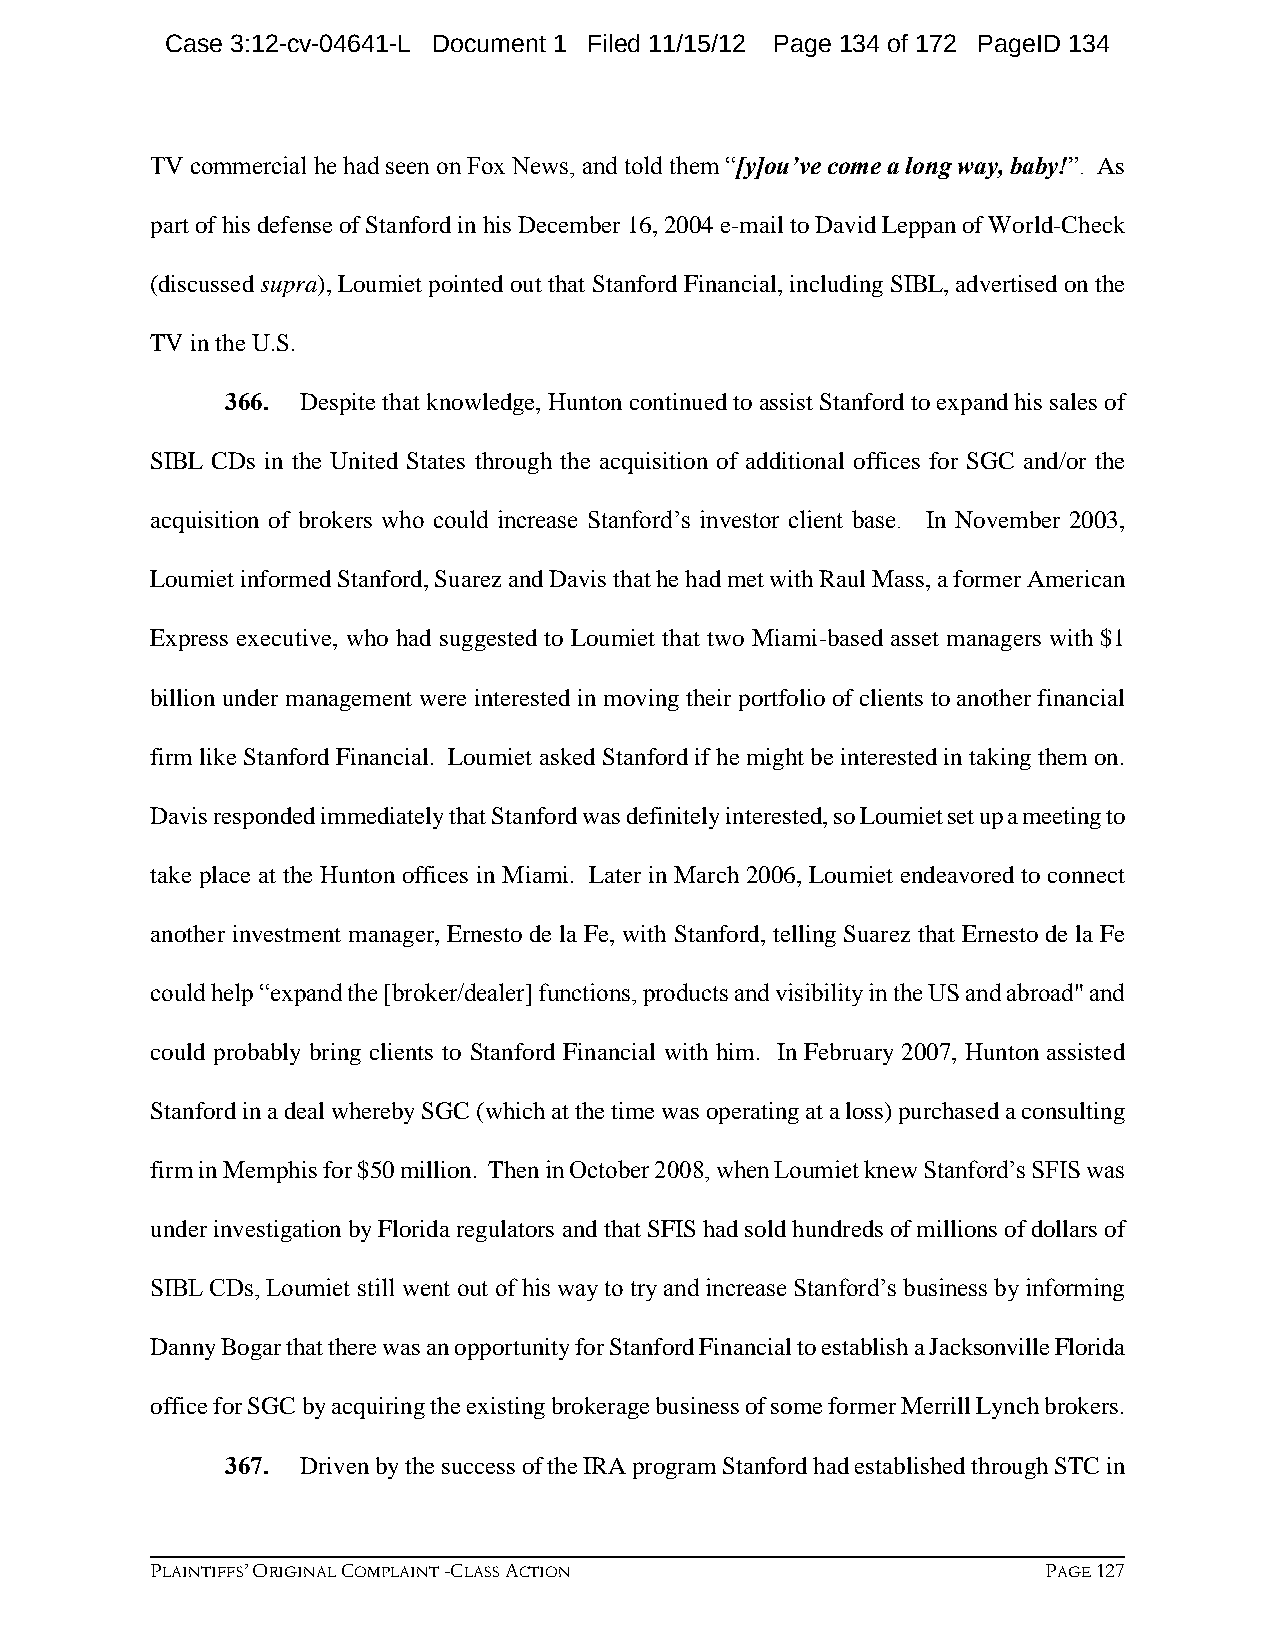
Case 3:12-cv-04641-L Document 1 Filed 11/15/12 Page 134 of 172 PageID 134
 TV commercial he had seen on Fox News, and told them “[y]ou’ve come a long way, baby!”. As
 part of his defense of Stanford in his December 16, 2004 e-mail to David Leppan of World-Check
 (discussed supra), Loumiet pointed out that Stanford Financial, including SIBL, advertised on the
 TV in the U.S.
 366. Despite that knowledge, Hunton continued to assist Stanford to expand his sales of
 SIBL CDs in the United States through the acquisition of additional offices for SGC and/or the
 acquisition of brokers who could increase Stanford’s investor client base. In November 2003,
 Loumiet informed Stanford, Suarez and Davis that he had met with Raul Mass, a former American
 Express executive, who had suggested to Loumiet that two Miami-based asset managers with $1
 billion under management were interested in moving their portfolio of clients to another financial
 firm like Stanford Financial. Loumiet asked Stanford if he might be interested in taking them on.
 Davis responded immediately that Stanford was definitely interested, so Loumiet set up a meeting to
 take place at the Hunton offices in Miami. Later in March 2006, Loumiet endeavored to connect
 another investment manager, Ernesto de la Fe, with Stanford, telling Suarez that Ernesto de la Fe
 could help “expand the [broker/dealer] functions, products and visibility in the US and abroad" and
 could probably bring clients to Stanford Financial with him. In February 2007, Hunton assisted
 Stanford in a deal whereby SGC (which at the time was operating at a loss) purchased a consulting
 firm in Memphis for $50 million. Then in October 2008, when Loumiet knew Stanford’s SFIS was
 under investigation by Florida regulators and that SFIS had sold hundreds of millions of dollars of
 SIBL CDs, Loumiet still went out of his way to try and increase Stanford’s business by informing
 Danny Bogar that there was an opportunity for Stanford Financial to establish a Jacksonville Florida
 office for SGC by acquiring the existing brokerage business of some former Merrill Lynch brokers.
 367. Driven by the success of the IRA program Stanford had established through STC in
 PLAINTIFFS’ ORIGINAL COMPLAINT -CLASS ACTION               PAGE 127